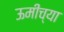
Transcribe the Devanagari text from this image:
ऊमींच्या